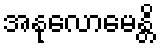
အနုလောမေန္တိ